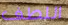
اللطف